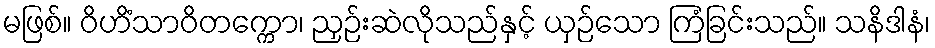
မဖြစ်။ ဝိဟိံသာဝိတက္ကော၊ ညှဉ်းဆဲလိုသည်နှင့် ယှဉ်သော ကြံခြင်းသည်။ သနိဒါနံ၊